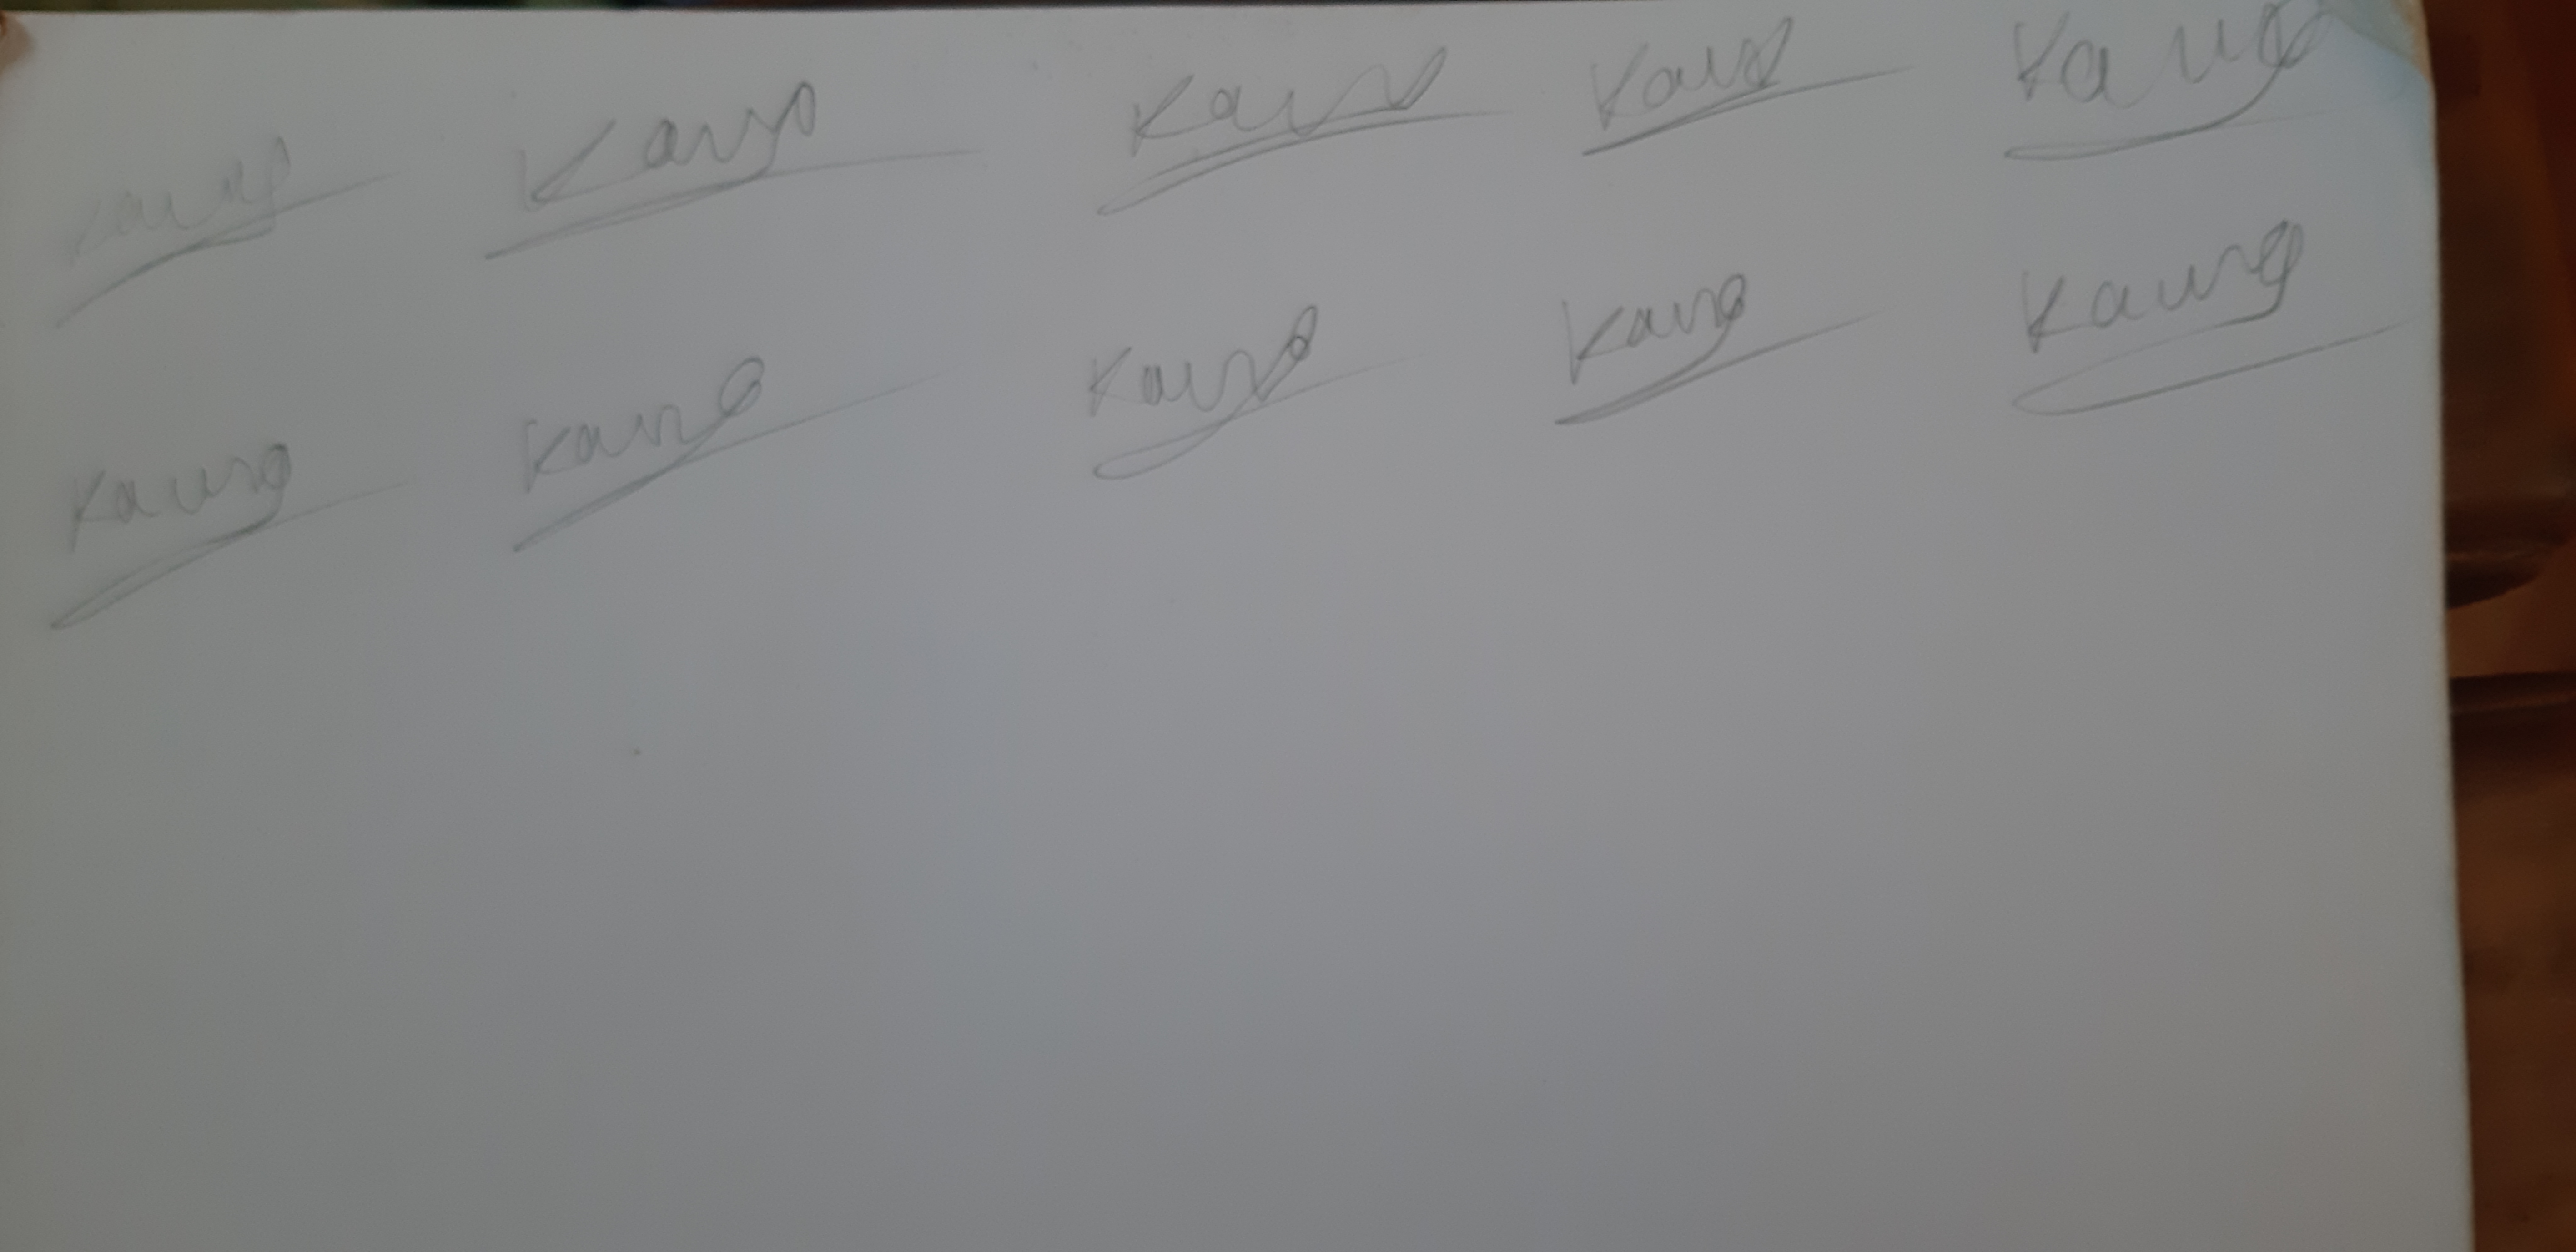
Signature authenticity: genuine